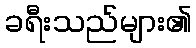
ခရီးသည်များ၏